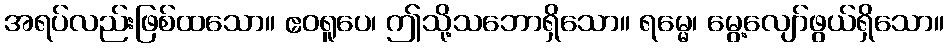
အရပ်လည်းဖြစ်ထသော။ ဧဝရူပေ၊ ဤသို့သဘောရှိသော။ ရမ္မေ၊ မွေ့လျော်ဖွယ်ရှိသော။